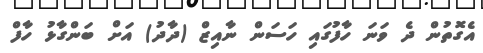
އެގޮތުން ދެ ވަނަ ހާފުގައި ހަސަން ނާއިޒް (ދާދު) އަށް ބަންގާޅު ހާފް